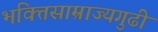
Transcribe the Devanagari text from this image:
भक्तिसाम्राज्यगुढी